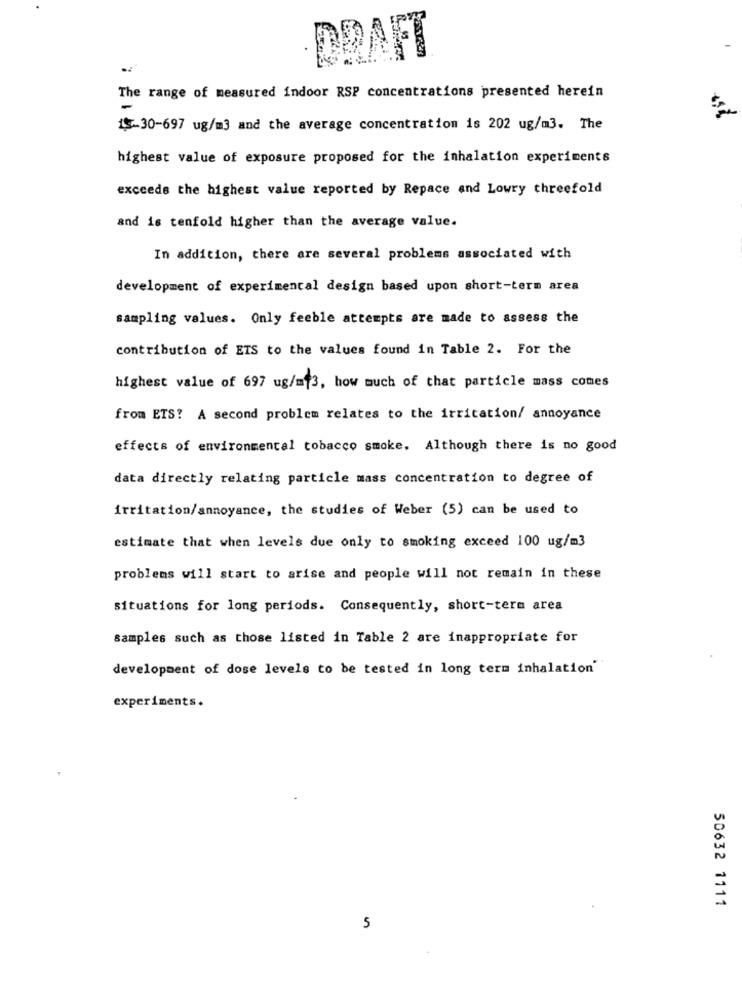
RAFT
The range of measured indoor RSP concentrations presented herein
15-30-697 ug/m3 and the average concentration is 202 ug/m3. The
highest value of exposure proposed for the inhalation experiments
exceeds the highest value reported by Repace and Lowry threefold
and is tenfold higher than the average value.
In addition, there are several problems associated with
development of experimental design based upon short-term area
sampling values. Only feeble attempts are made to assess the
contribution of ETS to the values found in Table 2. For the
highest value of 697 ug/mf3, how much of that particle mass comes
from ETS? A second problem relates to the irritation/ annoyance
effects of environmental tobacco smoke. Although there is no good
data directly relating particle mass concentration to degree of
irritation/annoyance, the studies of Weber (5) can be used to
estimate that when levels due only to smoking exceed 100 ug/m3
problems will start to arise and people will not remain in these
situations for long periods. Consequently, short-term area
samples such as those listed in Table 2 are inappropriate for
development of dose levels to be tested in long term inhalation'
experiments.
50632 1111
5